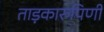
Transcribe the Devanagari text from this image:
ताड़कारुपिणी